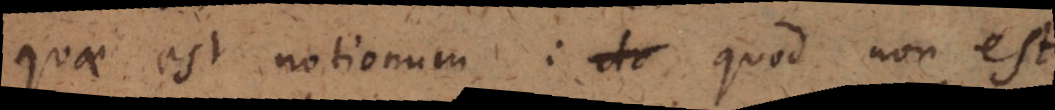
quae est notionum: de quod non est